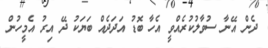
ދެން އޭނާ ސުވާލުކުރެއްވީ އެހާ ބޮޑު އަދަދެއް ބަޔަކު ދޭ އިރު އެމީހުން